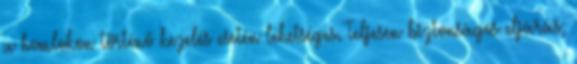
a homlokon történő kezelés esetén lehetséges. Teljesen biztonságos eljárás,